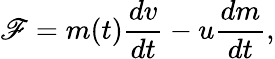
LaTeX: \mathscr{F}=m(t){\frac{{dv}}{{dt}}}-u{\frac{{dm}}{{dt}}},